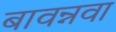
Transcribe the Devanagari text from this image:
बावन्नवा